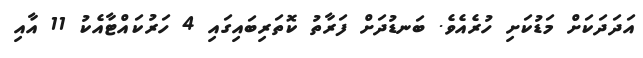
އަދަދަަކަށް މަޑުކަށި ހުރެއެވެ. ބަނޑުދަށް ފަރާތު ކޮތަރިބައިގައި 4 ހަރުކައްޓާއެކު 11 އާއި